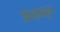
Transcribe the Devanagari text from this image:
आझळून